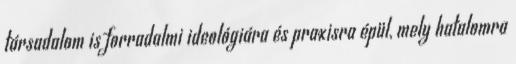
társadalom is forradalmi ideológiára és praxisra épül, mely hatalomra